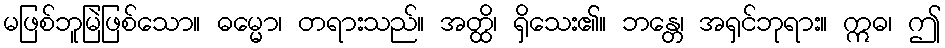
မဖြစ်ဘူမြဲဖြစ်သော။ ဓမ္မော၊ တရားသည်။ အတ္ထိ၊ ရှိသေး၏။ ဘန္တေ၊ အရှင်ဘုရား။ ဣဓ၊ ဤ